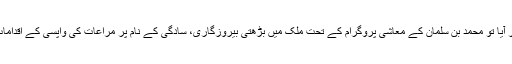
سعودی شاہی خاندان کی کشمکش کے دوران اگر کوئی شہزادہ یا شہزادوں کا گروہ بغاوت پر اتر آیا تو محمد بن سلمان کے معاشی پروگرام کے تحت ملک میں بڑھتی بیروزگاری، سادگی کے نام پر مراعات کی واپسی کے اقدامات عوام میں بغاوت کی پذیرائی کا باعث بن سکتے ہیں، جن پر قابو پانا ہرگز آسان کام نہیں ہوگا۔